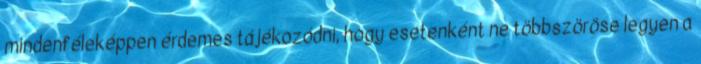
mindenféleképpen érdemes tájékozódni, hogy esetenként ne többszöröse legyen a